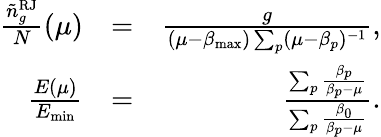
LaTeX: \begin{array}{rlr}{\frac{{\tilde{n}}_{g}^{\mathrm{RJ}}}{N}(\mu)}&{=}&{\frac{g}{(\mu-\beta_{\mathrm{max}})\sum_{p}(\mu-\beta_{p})^{-1}},}\\ {\frac{E(\mu)}{E_{\mathrm{min}}}}&{=}&{\frac{\sum_{p}\frac{\beta_{p}}{\beta_{p}-\mu}}{\sum_{p}\frac{\beta_{0}}{\beta_{p}-\mu}}.}\end{array}